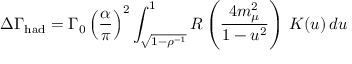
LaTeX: \Delta \Gamma _ { \mathrm { h a d } } = \Gamma _ { 0 } \left( \frac { \alpha } { \pi } \right) ^ { 2 } \int _ { \sqrt { 1 - \rho ^ { - 1 } } } ^ { 1 } R \left( \frac { 4 m _ { \mu } ^ { 2 } } { 1 - u ^ { 2 } } \right) \, K ( u ) \, d u